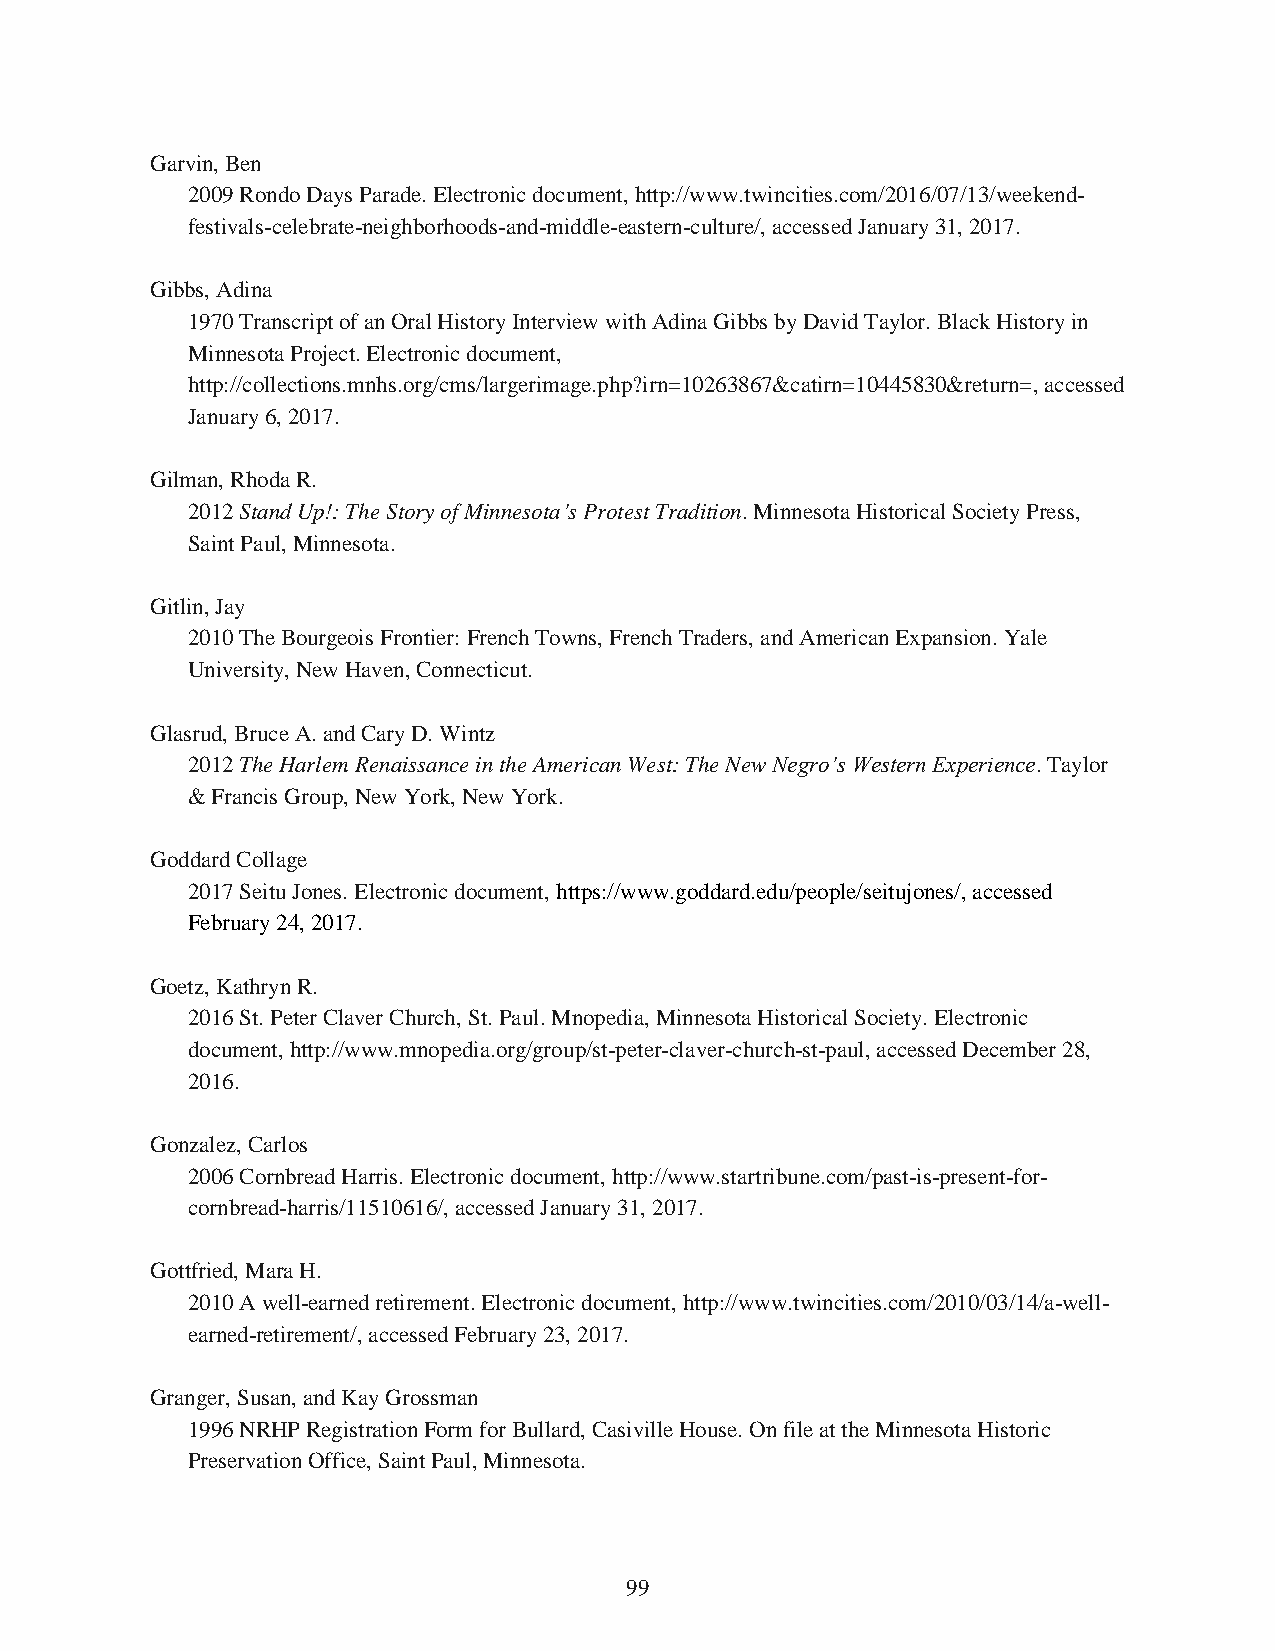
Garvin, Ben
 2009 Rondo Days Parade. Electronic document, http://www.twincities.com/2016/07/13/weekend-
 festivals-celebrate-neighborhoods-and-middle-eastern-culture/, accessed January 31, 2017.
 Gibbs, Adina
 1970 Transcript of an Oral History Interview with Adina Gibbs by David Taylor. Black History in
 Minnesota Project. Electronic document,
 http://collections.mnhs.org/cms/largerimage.php?irn=10263867&catirn=10445830&return=, accessed
 January 6, 2017.
 Gilman, Rhoda R.
 2012 Stand Up!: The Story of Minnesota’s Protest Tradition. Minnesota Historical Society Press,
 Saint Paul, Minnesota.
 Gitlin, Jay
 2010 The Bourgeois Frontier: French Towns, French Traders, and American Expansion. Yale
 University, New Haven, Connecticut.
 Glasrud, Bruce A. and Cary D. Wintz
 2012 The Harlem Renaissance in the American West: The New Negro’s Western Experience. Taylor
 & Francis Group, New York, New York.
 Goddard Collage
 2017 Seitu Jones. Electronic document, https://www.goddard.edu/people/seitujones/, accessed
 February 24, 2017.
 Goetz, Kathryn R.
 2016 St. Peter Claver Church, St. Paul. Mnopedia, Minnesota Historical Society. Electronic
 document, http://www.mnopedia.org/group/st-peter-claver-church-st-paul, accessed December 28,
 2016.
 Gonzalez, Carlos
 2006 Cornbread Harris. Electronic document, http://www.startribune.com/past-is-present-for-
 cornbread-harris/11510616/, accessed January 31, 2017.
 Gottfried, Mara H.
 2010 A well-earned retirement. Electronic document, http://www.twincities.com/2010/03/14/a-well-
 earned-retirement/, accessed February 23, 2017.
 Granger, Susan, and Kay Grossman
 1996 NRHP Registration Form for Bullard, Casiville House. On file at the Minnesota Historic
 Preservation Office, Saint Paul, Minnesota.
 99